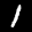
Label: 1